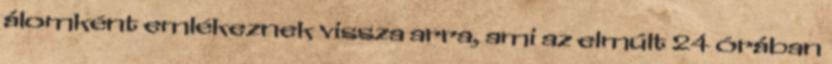
álomként emlékeznek vissza arra, ami az elmúlt 24 órában